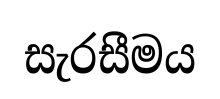
සැරසීමය